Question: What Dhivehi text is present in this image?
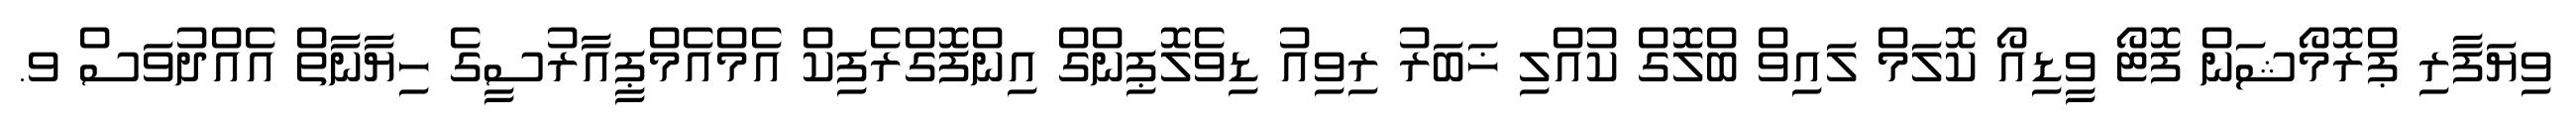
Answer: ވިޔަފާރި ޕްރޮމޯޝަން ފޮޓޯ ވީޑިއޯ ކޮލަމް ލައިވް ބްލޮގް ކުއްލި ޚަބަރު ރިވިއު ޑިވެލޮޕިންގް އިންފޮގްރެފިކް އެމްއެމްޕީއާރުސީގެ ހިޔާނާތް އެއްދުވަސް ވ.